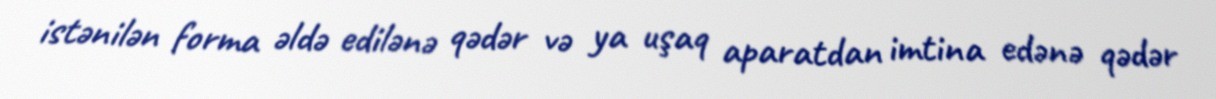
istənilən forma əldə edilənə qədər və ya uşaq aparatdan imtina edənə qədər